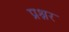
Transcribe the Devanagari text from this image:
प्रश्नर